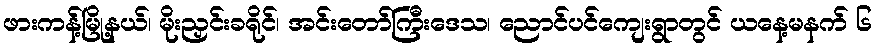
ဖားကန့်မြို့နယ်၊ မိုးညှင်းခရိုင်၊ အင်းတော်ကြီးဒေသ၊ ညောင်ပင်ကျေးရွာတွင် ယနေ့မနက် ၆